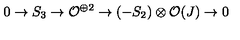
0 \rightarrow S _ { 3 } \rightarrow { \cal O } ^ { \oplus 2 } \rightarrow ( - S _ { 2 } ) \otimes { \cal O } ( J ) \rightarrow 0